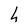
Character: h